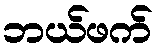
ဘယ်ဖက်